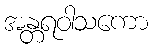
အန္တရဝါသကော